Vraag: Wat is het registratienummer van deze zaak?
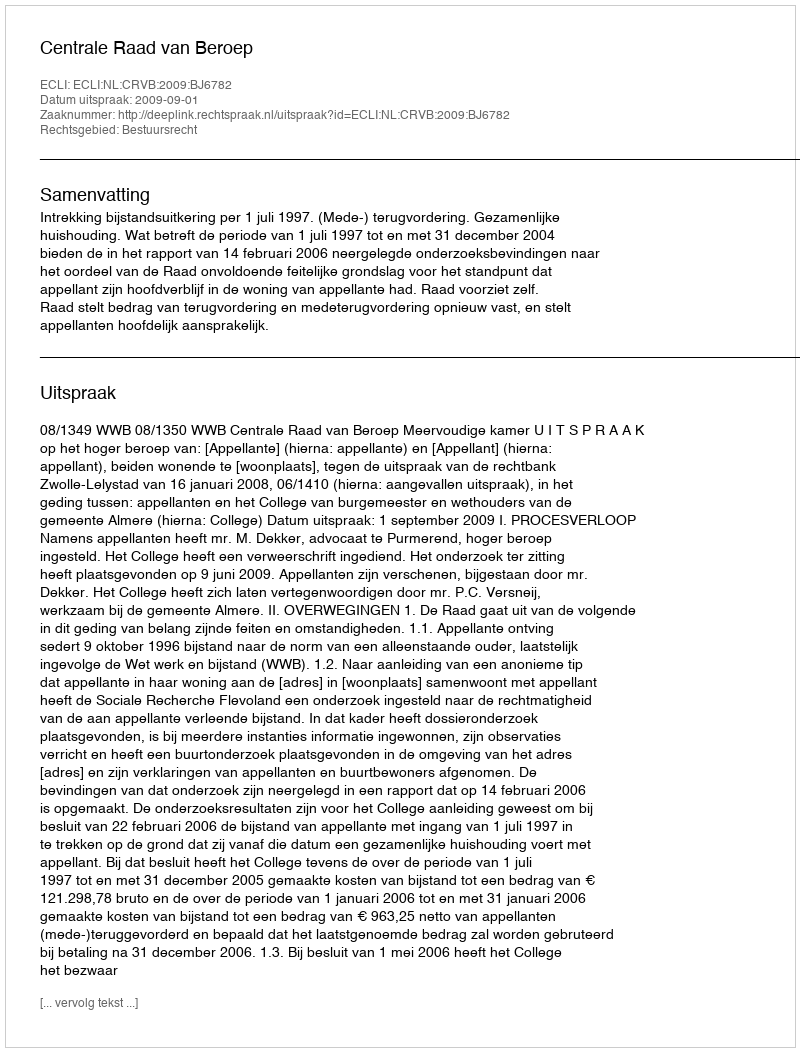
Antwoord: http://deeplink.rechtspraak.nl/uitspraak?id=ECLI:NL:CRVB:2009:BJ6782